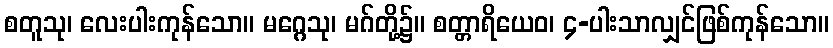
စတူသု၊ လေးပါးကုန်သော။ မဂ္ဂေသု၊ မဂ်တို့၌။ စတ္တာရိယေဝ၊ ၄-ပါးသာလျှင်ဖြစ်ကုန်သော။